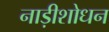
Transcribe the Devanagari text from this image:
नाड़ीशोधन